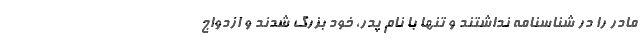
مادر را در شناسنامه نداشتند و تنها با نام پدر، خود بزرگ شدند و ازدواج